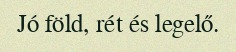
Jó föld, rét és legelő.